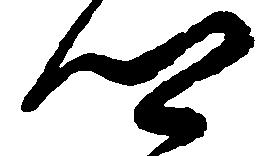
郷